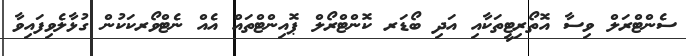
ސެންޓްރަލް ވިސާ އޮތޯރިޓީތަކާއި އަދި ބޯޑަރ ކޮންޓްރޯލް ޕޮއިންޓްތައް އެއް ނެޓްވޯރކަކުން ގުޅާލެވިފައިވާ